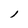
Character: l